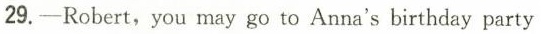
29.-Robert,you may go to Anna's birthday party